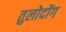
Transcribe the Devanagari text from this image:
तुलोदोंग